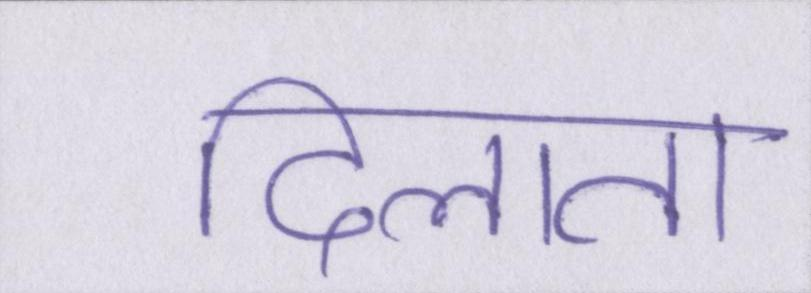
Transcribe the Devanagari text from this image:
दिलाता